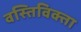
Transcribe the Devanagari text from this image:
वस्तिविक्ता